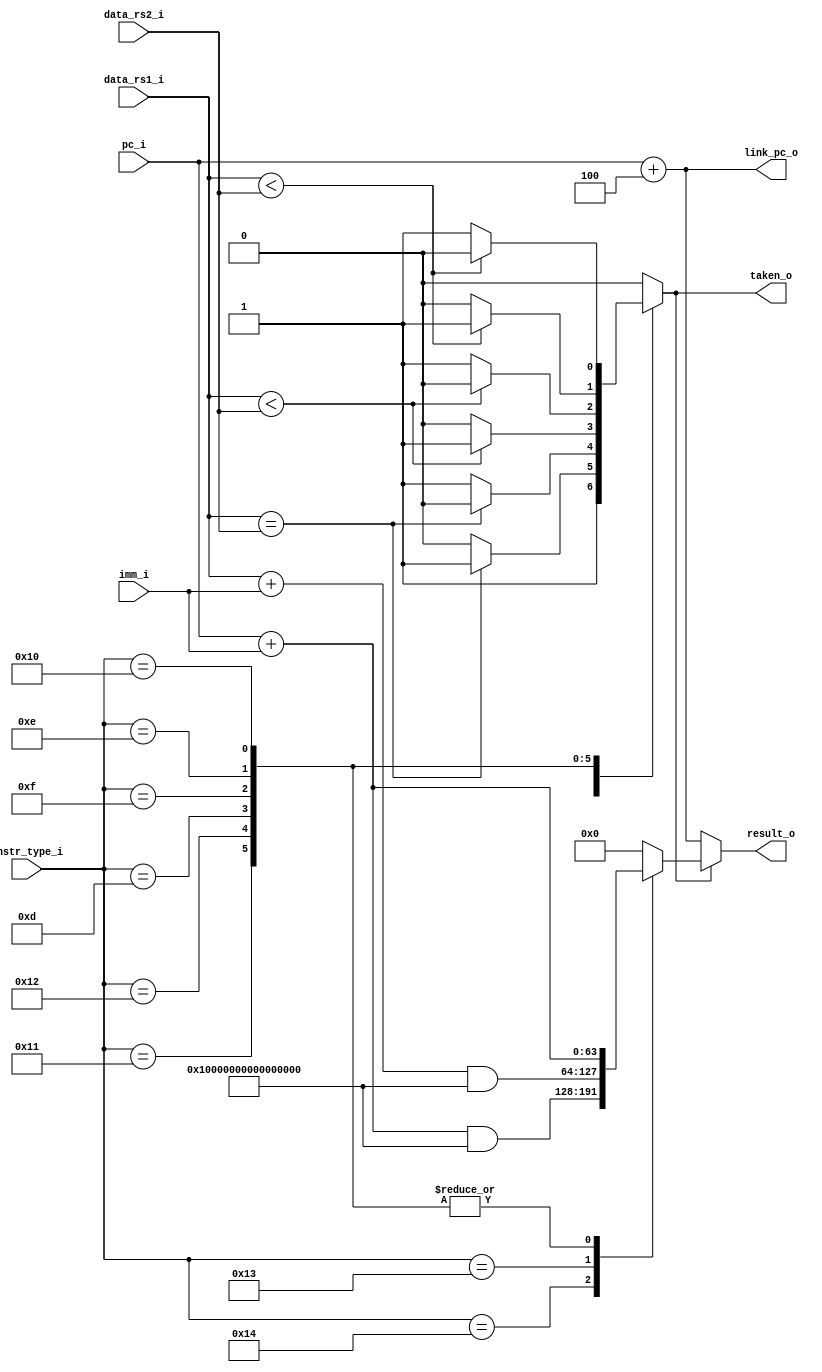
module branch_unit (
	instr_type_i,
	pc_i,
	data_rs1_i,
	data_rs2_i,
	imm_i,
	taken_o,
	result_o,
	link_pc_o
);
	input wire [6:0] instr_type_i;
	localparam riscv_pkg_XLEN = 64;
	input wire [63:0] pc_i;
	input wire [63:0] data_rs1_i;
	input wire [63:0] data_rs2_i;
	input wire [63:0] imm_i;
	output reg taken_o;
	output wire [63:0] result_o;
	output wire [63:0] link_pc_o;
	wire equal;
	wire less;
	wire less_u;
	reg [63:0] target;
	assign equal = data_rs1_i == data_rs2_i;
	assign less = $signed(data_rs1_i) < $signed(data_rs2_i);
	assign less_u = data_rs1_i < data_rs2_i;
	always @(*)
		case (instr_type_i)
			7'd20: target = (pc_i + imm_i) & 64'hfffffffffffffffe;
			7'd19: target = (data_rs1_i + imm_i) & 64'hfffffffffffffffe;
			7'd13, 7'd14, 7'd15, 7'd16, 7'd17, 7'd18: target = pc_i + imm_i;
			default: target = 0;
		endcase
	always @(*)
		case (instr_type_i)
			7'd20: taken_o = 1'd0;
			7'd19: taken_o = 1'd1;
			7'd17: taken_o = (equal ? 1'd1 : 1'd0);
			7'd18: taken_o = (~equal ? 1'd1 : 1'd0);
			7'd13: taken_o = (less ? 1'd1 : 1'd0);
			7'd15: taken_o = (~less ? 1'd1 : 1'd0);
			7'd14: taken_o = (less_u ? 1'd1 : 1'd0);
			7'd16: taken_o = (~less_u ? 1'd1 : 1'd0);
			default: taken_o = 1'd0;
		endcase
	assign result_o = (taken_o == 1'd1 ? target : pc_i + 4);
	assign link_pc_o = pc_i + 4;
endmodule